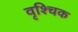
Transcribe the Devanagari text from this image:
वृश्‍चिक